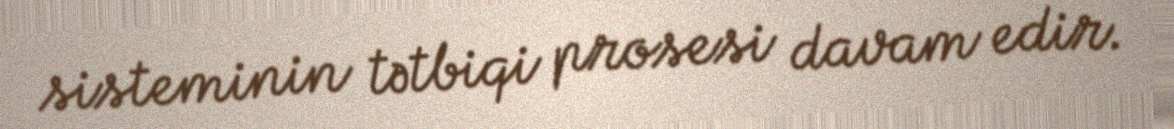
sisteminin tətbiqi prosesi davam edir.